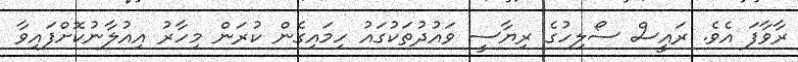
ރާވާފަ އެވެ. ރައީސް ސޯލިހުގެ ރިޔާސީ ވައުދުތަކުގައު ހިމައިގެން ކުރަން މިހާރު އިއުލާނުކޮށްފައިވާ